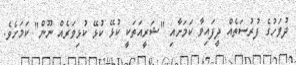
ދުވަހުގެ ފުރުސަތެއް ދީފައިވާ ކަމަށާއި "ޝަރީއަތަކީ ކުޅޭ ކުޅޭ ކުޅިވަރެއް ނޫން" ކަމަށެވެ.